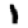
Digit: 1